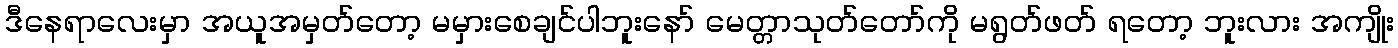
ဒီနေရာလေးမှာ အယူအမှတ်တော့ မမှားစေချင်ပါဘူးနော် မေတ္တာသုတ်တော်ကို မရွတ်ဖတ် ရတော့ ဘူးလား အကျိုး